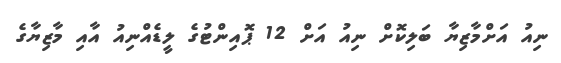
ނިއު އަށްމާޒިޔާ ބަލިކޮށް ނިއު އަށް 12 ޕޮއިންޓުގެ ލީޑެއްނިއު އާއި މާޒިޔާގެ